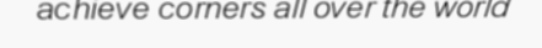
achieve corners all over the world